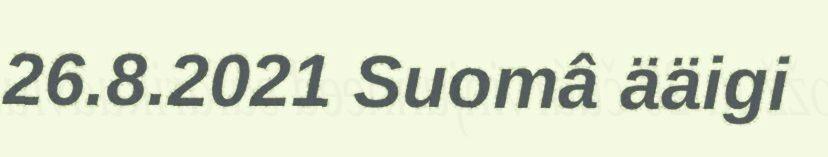
26.8.2021 Suomâ ääigi